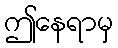
ဤနေရာမှ